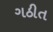
ગઠીત